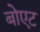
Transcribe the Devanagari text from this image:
बोएट